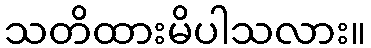
သတိထားမိပါသလား။